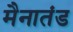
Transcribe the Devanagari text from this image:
मैनातंड